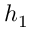
h _ { 1 }